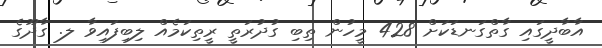
އާބާދީގައި ގާތްގަނޑަކަށް 428 މީހުން ތިބި ގުދުރަތީ ރީތިކަމެއް ލިބިފައިވާ ލ. ގާދޫގެ